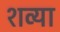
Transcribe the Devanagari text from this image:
शव्या